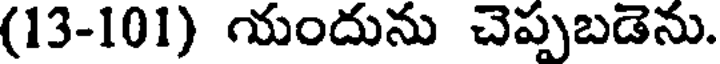
(13-101) యందును చెప్పబడెను.